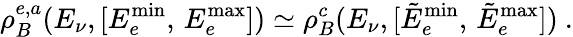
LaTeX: \rho_{B}^{e,a}(E_{\nu},[E_{e}^{\operatorname*{min}},\, E_{e}^{\operatorname*{max}}])\simeq\rho_{B}^{c}(E_{\nu},[\tilde{E}_{e}^{\operatorname*{min}},\, \tilde{E}_{e}^{\operatorname*{max}}])\ .